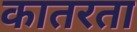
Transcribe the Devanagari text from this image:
कातरता